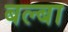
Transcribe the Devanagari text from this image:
बल्बा